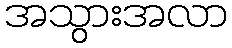
အသွားအလာ